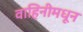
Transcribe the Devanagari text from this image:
वाहिनीमधून